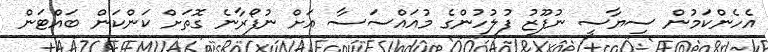
އެހެންކަމުން ސިޔާސީ ނުފޫޒު ފުލުހުންގެ މުއައްސަސާ އަށް ނުފޯރާނެ ގޮތަށް ކަންކަން ބައްޓަން